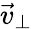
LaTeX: {\vec{v}}_{\bot}